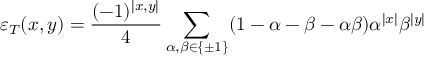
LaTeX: \varepsilon _ { T } ( x , y ) = \frac { ( - 1 ) ^ { \left| x , y \right| } } { 4 } \sum _ { \alpha , \beta \in \left\{ \pm 1 \right\} } ( 1 - \alpha - \beta - \alpha \beta ) \alpha ^ { \left| x \right| } \beta ^ { \left| y \right| }